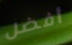
أفضل